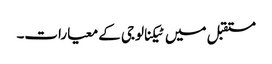
مستقبل میں ٹیکنالوجی کے معیارات۔